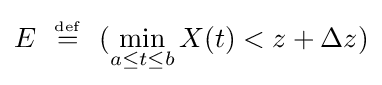
E\ \ {\overset {\underset {\mathrm {def} }{}}{=}}\ \ (\min _{a\leq t\leq b}X(t)<z+\Delta z)